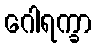
ဂေါရက္ခာ